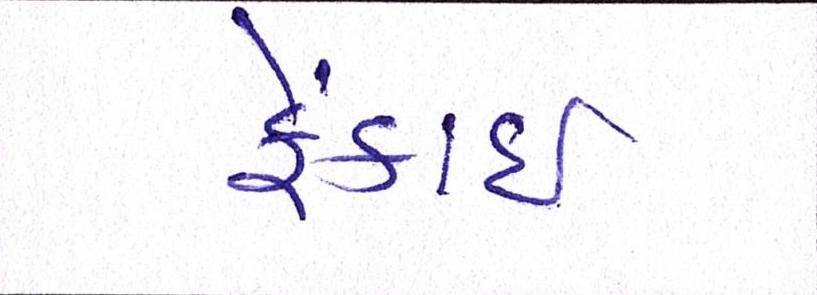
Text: ફેંકાઈ